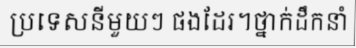
ប្រទេសនីមួយៗ ផងដែរ។ថ្នាក់ដឹកនាំ